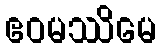
ဧဝမဿိမေ